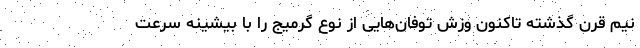
نیم قرن گذشته تاکنون وزش توفان‌هایی از نوع گرمیج را با بیشینه سرعت